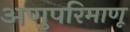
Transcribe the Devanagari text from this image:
अणुपरिमाणू